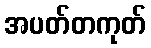
အပတ်တကုတ်